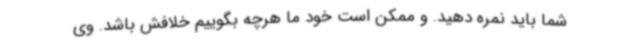
شما باید نمره دهید. و ممکن است خود ما هرچه بگوییم خلافش باشد. وی